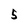
Character: 5